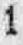
1